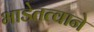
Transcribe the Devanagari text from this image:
भाडेतत्वाने